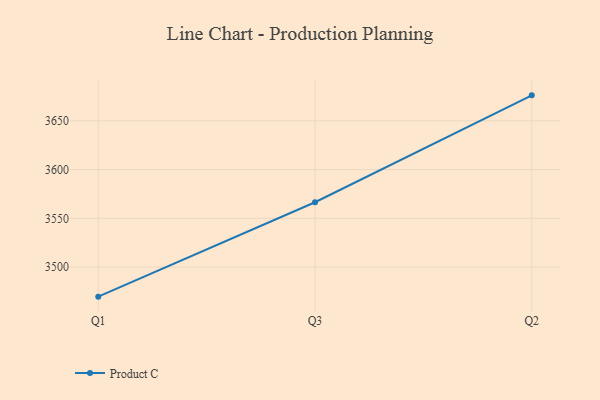
{"axis": {"x": "Quarter", "y": "Budget (USD K)"}, "legend": ["Product C"], "data": [{"x": "Q1", "y": 3469.7, "type": "Product C"}, {"x": "Q3", "y": 3566.5, "type": "Product C"}, {"x": "Q2", "y": 3676.1, "type": "Product C"}]}